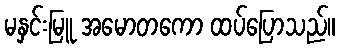
မနှင်းမြူ အမောတကော ထပ်ပြောသည်။